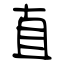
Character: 直